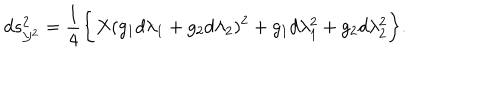
d s _ { { \cal Y } ^ { 2 } } ^ { 2 } = \frac { 1 } { 4 } \biggl \{ X ( g _ { 1 } d \lambda _ { 1 } + g _ { 2 } d \lambda _ { 2 } ) ^ { 2 } + g _ { 1 } d \lambda _ { 1 } ^ { 2 } + g _ { 2 } d \lambda _ { 2 } ^ { 2 } \biggr \} .